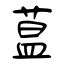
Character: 蒀